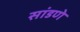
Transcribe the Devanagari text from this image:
सांडणे